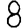
Digit: 8